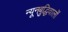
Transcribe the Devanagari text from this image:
न्यूनबुद्धिवालों